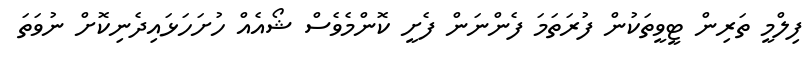
ފިލްމީ ތަރިން ޓީވީތަކުން ފުރަތަމަ ފެންނަން ފެށީ ކޮންމެވެސް ޝޯއެއް ހުށަހަޅައިދެނިކޮށް ނުވަތަ